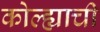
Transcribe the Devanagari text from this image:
कोल्ह्याची